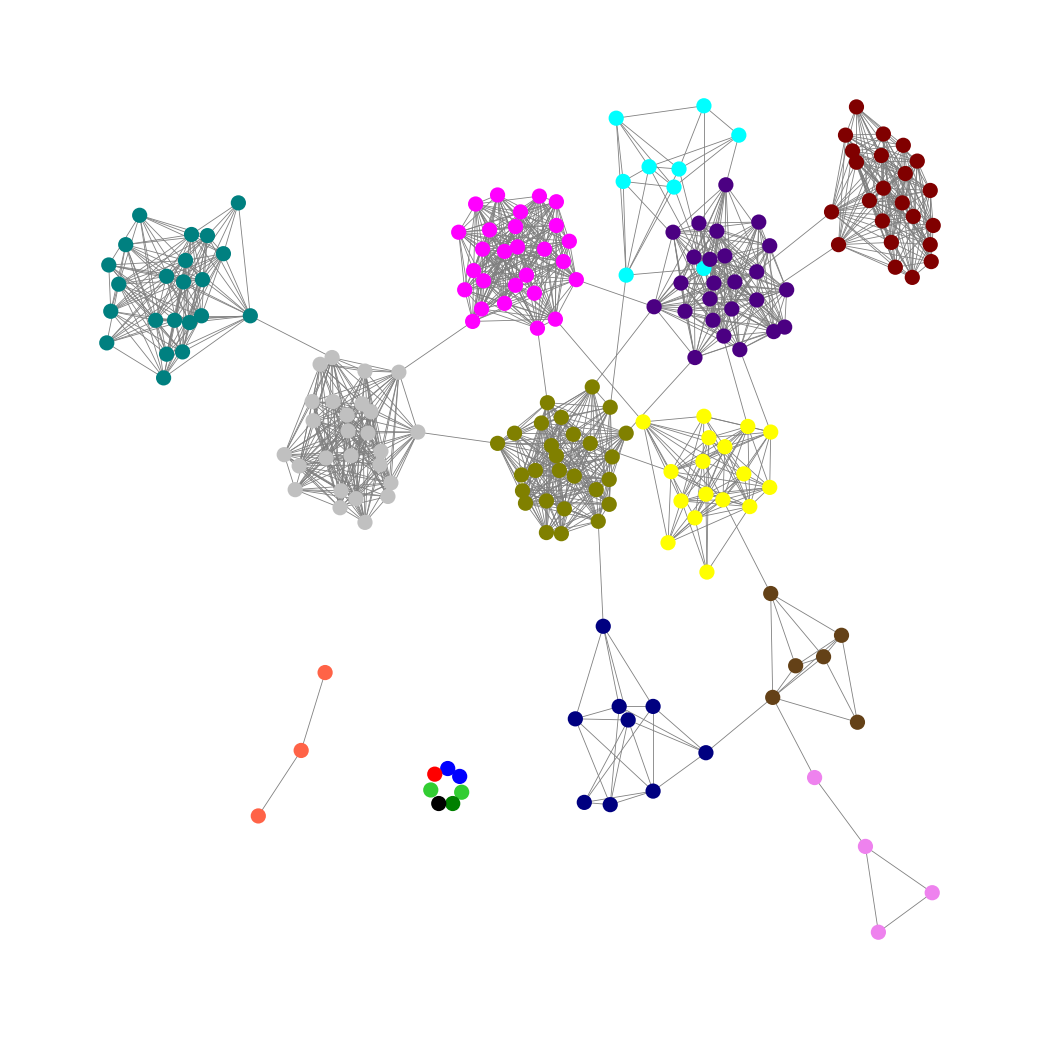
Graph connected: No
Number of connected components: 9
Number of singletons: 7
Total number of nodes: 205
Total number of edges: 1433
Number of communities: 17
Community sizes:
Aqua: 9
Black: 1
Blue: 2
Fuchsia: 27
Green: 1
Indigo: 25
Lime Green: 2
Maroon: 23
Navy: 9
Olive: 27
Pullman Brown: 6
Red: 1
Silver: 26
Teal: 22
Tomato: 3
Violet: 4
Yellow: 17
Graph layout: tda
Graph generation method: erdos_renyi